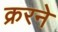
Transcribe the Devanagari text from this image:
क्ररने